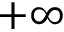
+ \infty